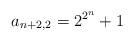
LaTeX: \begin{align*}a_{n+2,2} = 2^{2^n }+1 \qquad\end{align*}